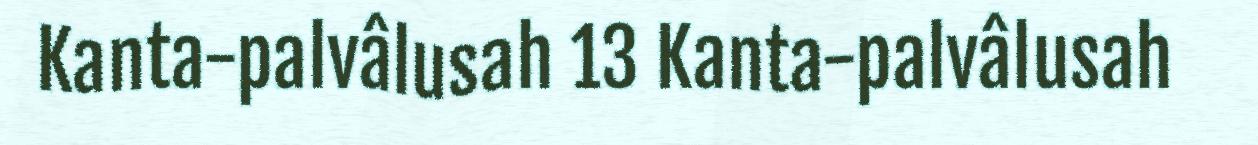
Kanta-palvâlusah 13 Kanta-palvâlusah